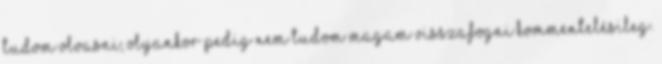
tudom olvasni, olyankor pedig nem tudom magam visszafogni kommentelésileg.